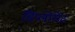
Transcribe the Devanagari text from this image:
डिप्लोमेंट